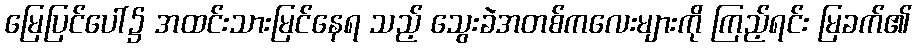
မြေပြင်ပေါ်၌ အထင်းသားမြင်နေရ သည့် သွေးခဲအတစ်ကလေးများကို ကြည့်ရင်း မြခက်၏